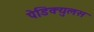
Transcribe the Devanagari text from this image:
पेडिक्युलस